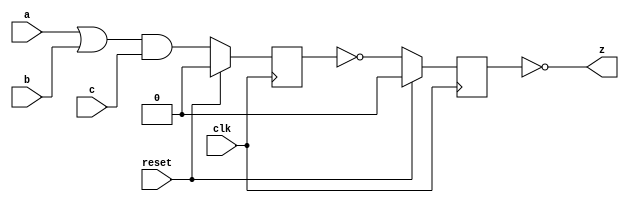

module Sequential_Circuit(a,b,c,clk,reset,z);

input a,b,c,clk,reset;
output z;

// Nets
wire reg_1_Input;
wire reg_2_Input;
reg reg_1;
reg reg_2;

assign reg_1_Input = (a|b)&c;
assign reg_2_Input = ~(reg_1);
always @ (posedge clk)
begin
  if(reset) begin
    reg_1 <= 1'b0;
    reg_2 <= 1'b0;
  end
  else begin
    reg_1 <= reg_1_Input;
    reg_2 <= reg_2_Input;
  end
end

assign z = ~(reg_2);



endmodule